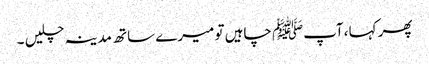
پھر کہا ،آپﷺ چاہیں تو میرے ساتھ مدینہ چلیں ۔